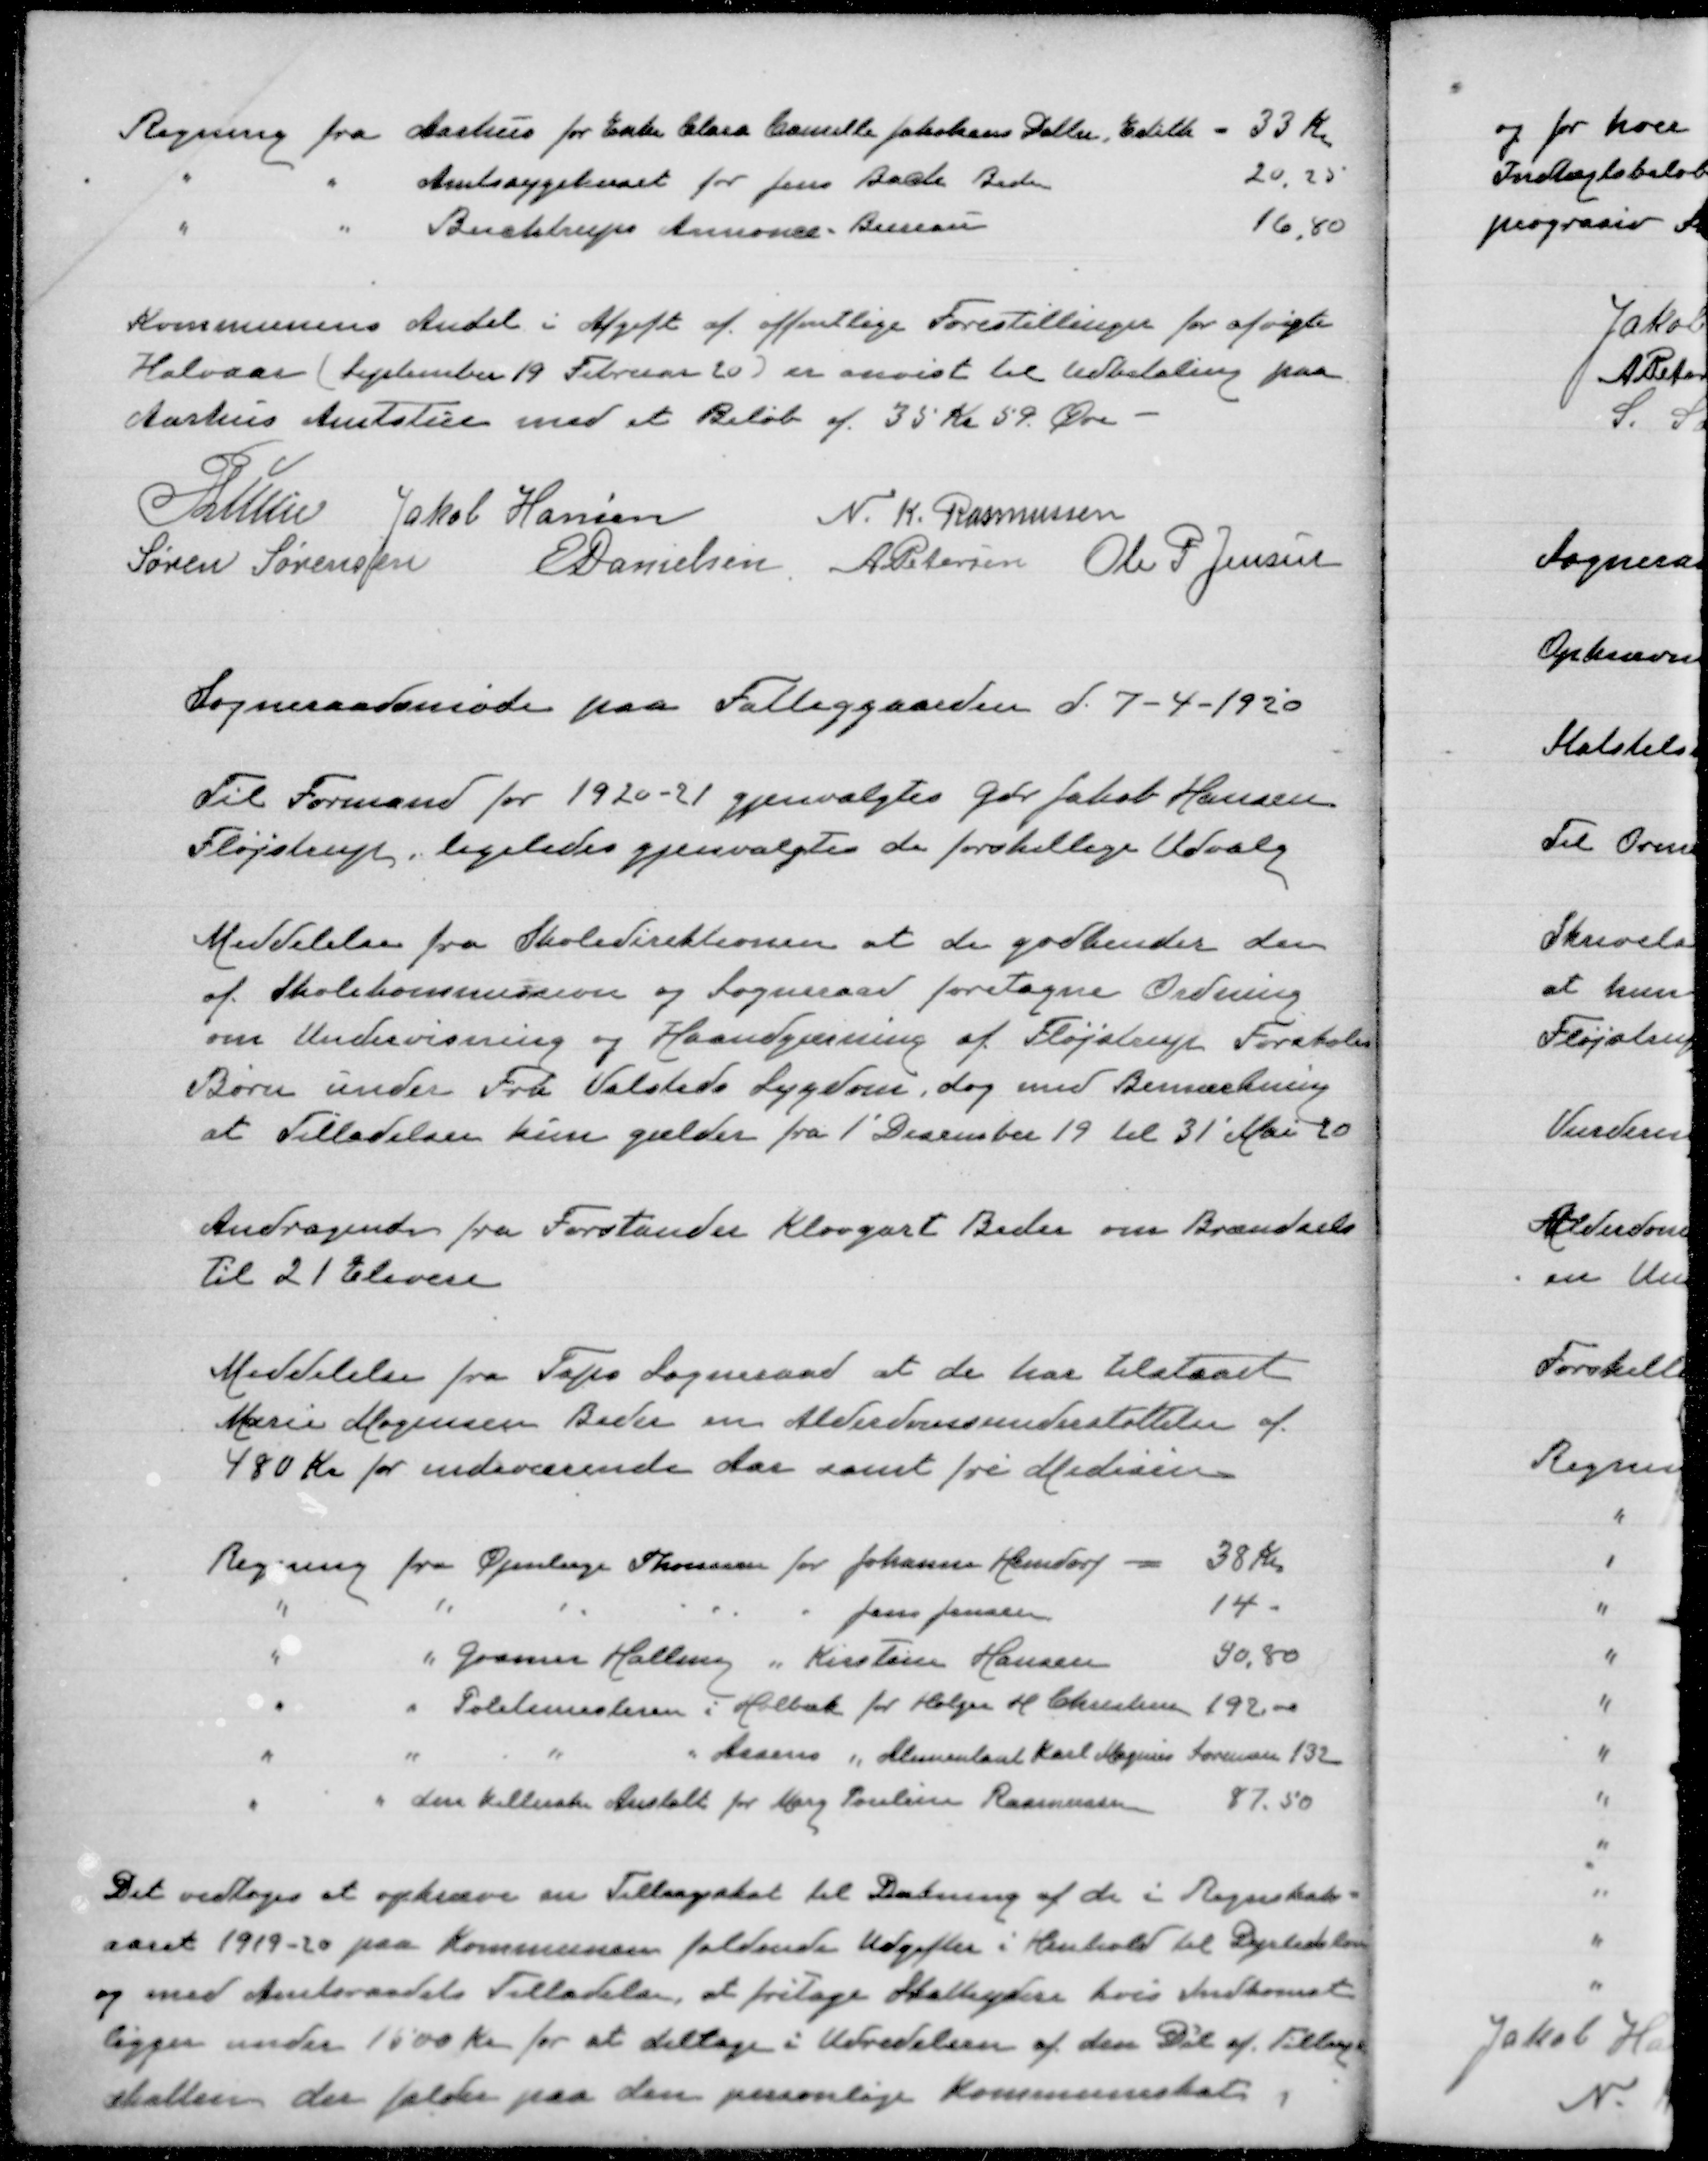
Transskription:
Kommunens Andel i Afgift af offentlige Forestillinger for aføgte
Halvaar (September 19 Februar 20) er anvist til Udbetaling paa
Aarhus Amtstue med et Beløb af 35 Kr 59 Øre

P Lunn
Jakob Hansen
N. K. Rasmussen
Søren Sørensen
E Danielsen
A Petersen
Ole P Jensen

Sogneraadsmøde paa Fattiggaarden d. 7-4-1920

Til Formand for 1920-21 gjenvalgtes Gdr Jakob Hansen
Fløjstrup. Ligeledes gjenvalgtes de forskellige Udvalg

Meddelelse fra Skoledirektionen at de godkender den
af Skolekommission og Sogneraad foretagne Ordning
om Undervisning og Haandgærning af Fløjstrup Forskole.
Børn under Fra Valsteds Sygedom, dog med Bemærkning
at Tilladelsen kun gælder fra 1' December 19 til 31' Mai 20

Andragende fra Forstander Klovgast Beder om Brændesl
til 21 elever

Meddelelse fra Taps Sogneraad at de har tilstaaet
Marie Mogensen Beder en Alderdomsunderstøttelse af
480 Kr indeværende Aar samt fri Medicin

Det vedtoges at opkræve en Tillægsskat til Dækning af de i Regnskab=
aaret 1919-20 paa Kommumens faldende Udgifter i Henhold til Dyrtidslov
og med Amtsraadets Tilladelse at fritage Skatteydere hvis Indkomst
ligger under 1600 Kr for at deltage i Udredelsen af den tillage
Skatter der falder paa den personlige Kommueskat.